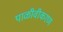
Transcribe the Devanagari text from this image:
पाळीवीकरण